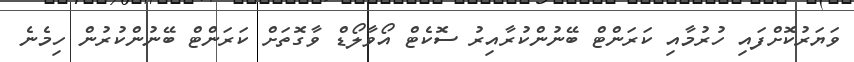
ވަޔަރުކޮށްފައި ހުރުމާއި ކަރަންޓް ބޭނުންކުރާއިރު ސޮކެޓް އޯވާލޯޑް ވާގޮތަށް ކަރަންޓް ބޭނުންކުރުން ހިމެނެ